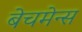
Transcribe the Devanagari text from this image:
बेचमेन्स